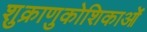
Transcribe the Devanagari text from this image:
शुक्राणुकोशिकाओं